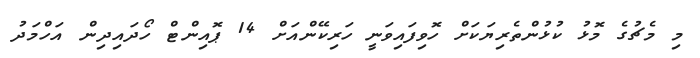
މި މެޗުގެ މޮޅު ކުޅުންތެރިޔަކަށް ހޮވިފައިވަނީ ހަރިކޭންއަށް 14 ޕޮއިންޓް ހޯދައިދިން އަހްމަދު